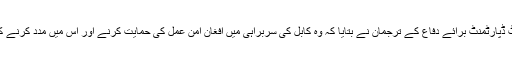
امریکا کے اسٹیٹ ڈپارٹمنٹ برائے دفاع کے ترجمان نے بتایا کہ وہ کابل کی سربراہی میں افغان امن عمل کی حمایت کرنے اور اس میں مدد کرنے کے لیے تیار ہے۔